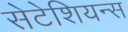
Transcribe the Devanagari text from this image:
सेटेशियन्स